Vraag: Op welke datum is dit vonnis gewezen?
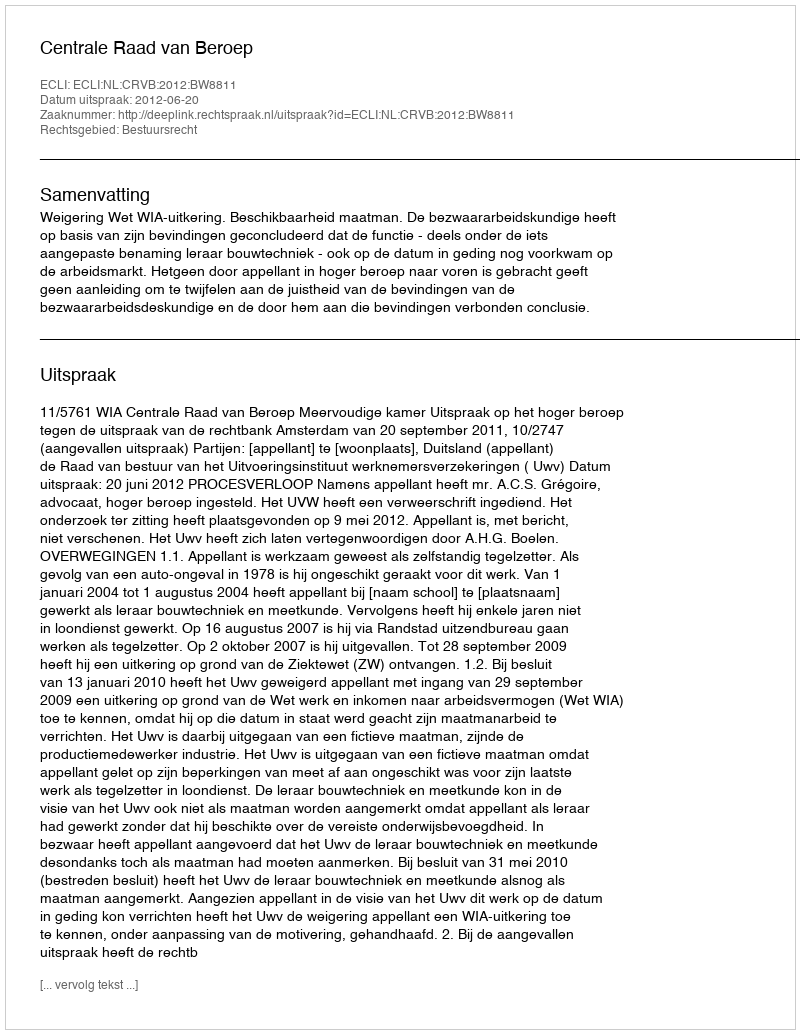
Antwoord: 2012-06-20